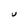
Character: U